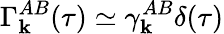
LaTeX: \Gamma_{\mathbf k}^{AB}(\tau)\simeq\gamma_{\mathbf k}^{AB}\delta(\tau)